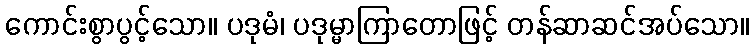
ကောင်းစွာပွင့်သော။ ပဒုမံ၊ ပဒုမ္မာကြာတောဖြင့် တန်ဆာဆင်အပ်သော။